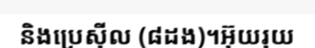
និងប្រេស៊ីល (៨ដង)។អ៊ុយរុយ